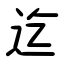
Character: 迄